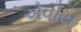
એવીય